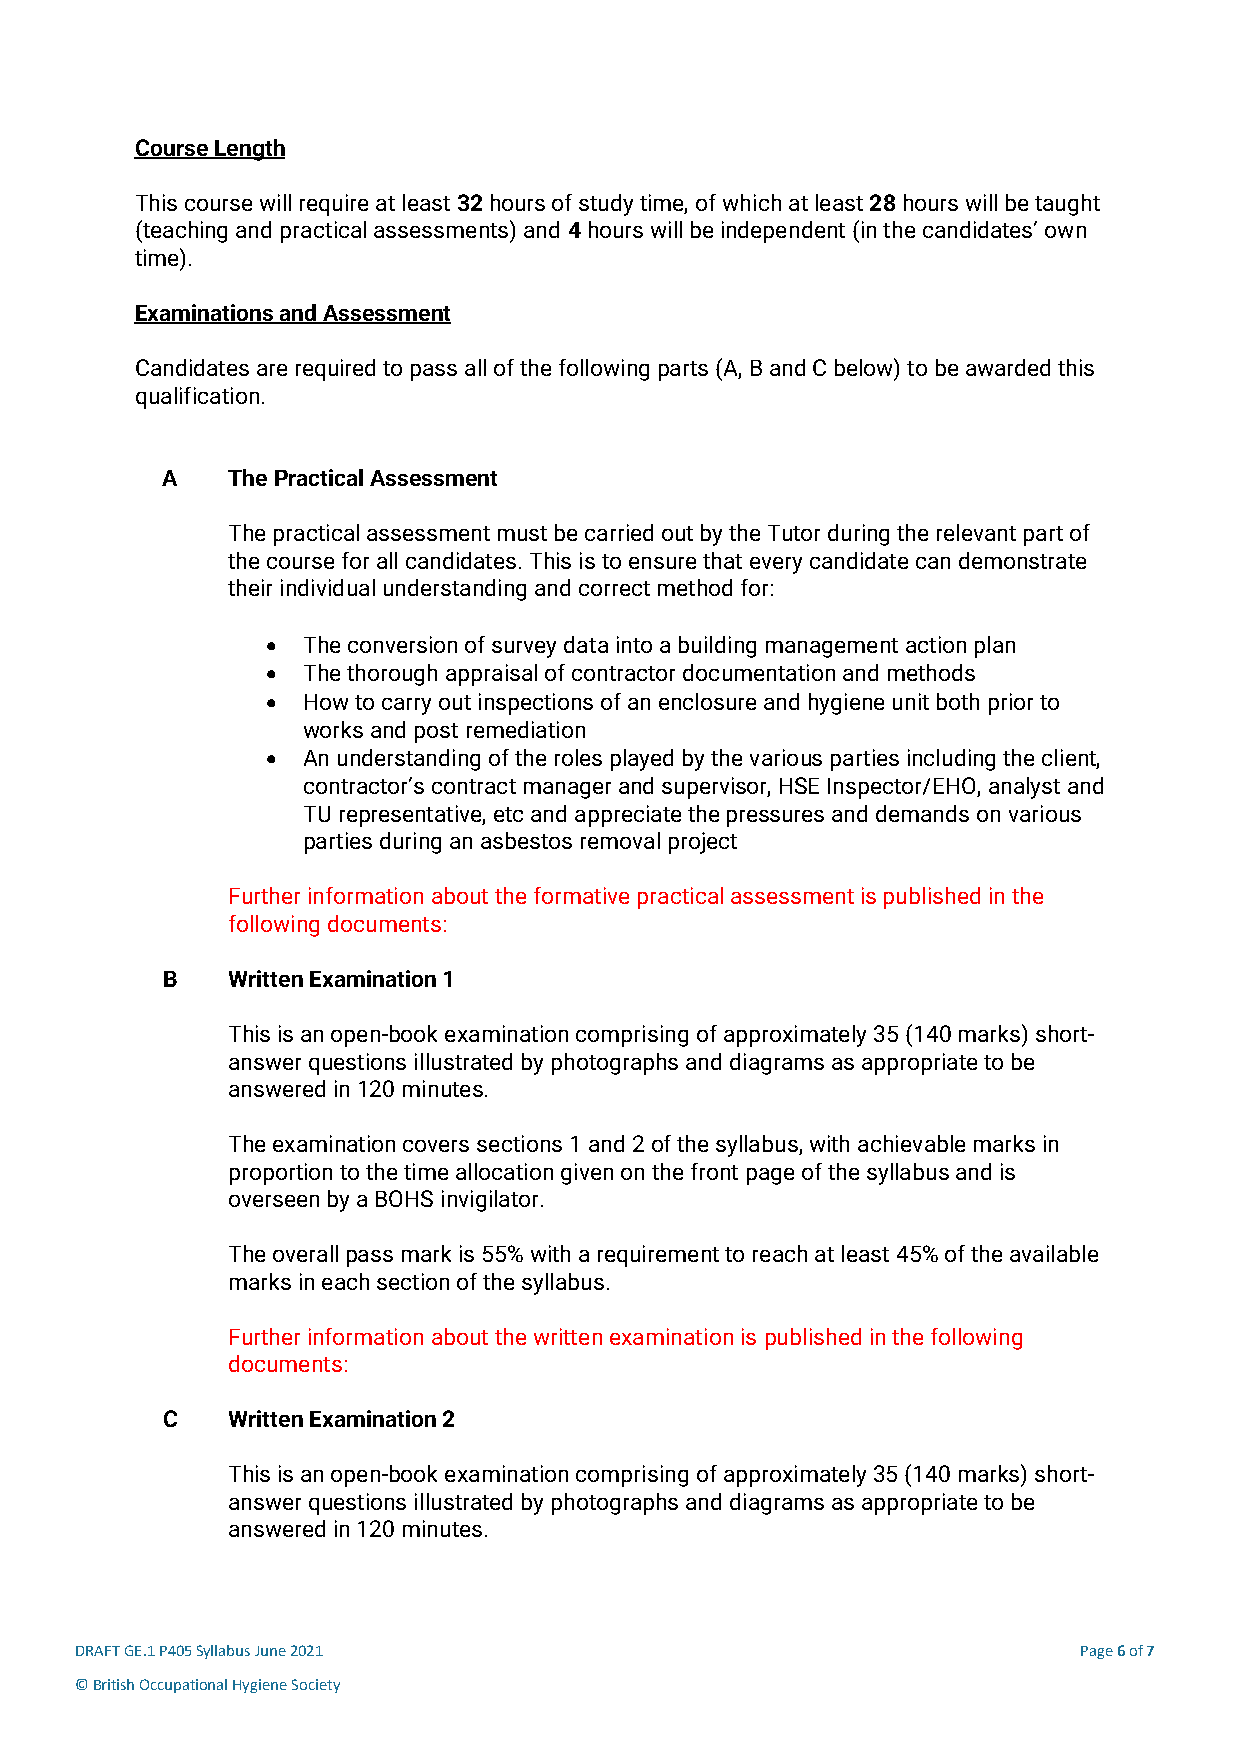
Course Length
 This course will require at least 32 hours of study time, of which at least 28 hours will be taught
 (teaching and practical assessments) and 4 hours will be independent (in the candidates’ own
 time).
 Examinations and Assessment
 Candidates are required to pass all of the following parts (A, B and C below) to be awarded this
 qualification.
 A   The Practical Assessment
 The practical assessment must be carried out by the Tutor during the relevant part of
 the course for all candidates. This is to ensure that every candidate can demonstrate
 their individual understanding and correct method for:
 • The conversion of survey data into a building management action plan
 • The thorough appraisal of contractor documentation and methods
 • How to carry out inspections of an enclosure and hygiene unit both prior to
 works and post remediation
 • An understanding of the roles played by the various parties including the client,
 contractor’s contract manager and supervisor, HSE Inspector/EHO, analyst and
 TU representative, etc and appreciate the pressures and demands on various
 parties during an asbestos removal project
 Further information about the formative practical assessment is published in the
 following documents:
 B   Written Examination 1
 This is an open-book examination comprising of approximately 35 (140 marks) short-
 answer questions illustrated by photographs and diagrams as appropriate to be
 answered in 120 minutes.
 The examination covers sections 1 and 2 of the syllabus, with achievable marks in
 proportion to the time allocation given on the front page of the syllabus and is
 overseen by a BOHS invigilator.
 The overall pass mark is 55% with a requirement to reach at least 45% of the available
 marks in each section of the syllabus.
 Further information about the written examination is published in the following
 documents:
 C   Written Examination 2
 This is an open-book examination comprising of approximately 35 (140 marks) short-
 answer questions illustrated by photographs and diagrams as appropriate to be
 answered in 120 minutes.
 DRAFT GE.1 P405 Syllabus June 2021                                Page 6 of 7
 © British Occupational Hygiene Society